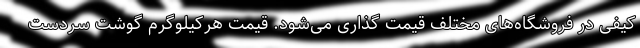
کیفی در فروشگاه‌های مختلف قیمت گذاری می‌شود. قیمت هرکیلوگرم گوشت سردست